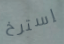
إسترخ